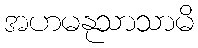
အဟမနုသာသာမိ